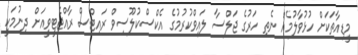
މީޑިއާތަކަށް ހުޅުވާލުމެއް ނެތި ހަރުގެ ޖަލްސާ ލައިވްކުރުމުގެ އެކްސްކުލޫސިވް ރައިޓްސް ރާއްޖެޓީވީއަށް ދިނުމަކީ